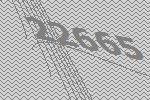
22665